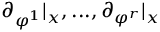
\partial _ { \varphi ^ { 1 } } | _ { x } , . . . , \partial _ { \varphi ^ { r } } | _ { x }